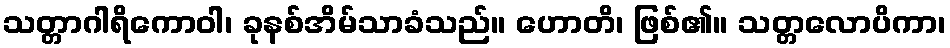
သတ္တာဂါရိကောဝါ၊ ခုနစ်အိမ်သာခံသည်။ ဟောတိ၊ ဖြစ်၏။ သတ္တလောပိကာ၊